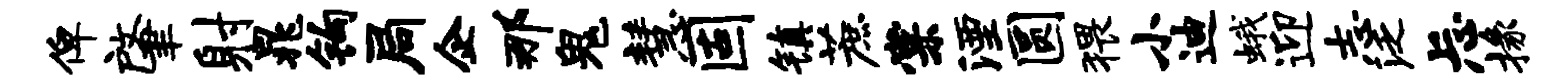
俾肇射晁钩局企那鬼慧固镇蔗棠湮圆猥小迪蛾迎志泛忐掾